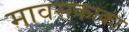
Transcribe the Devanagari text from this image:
मावसकाका